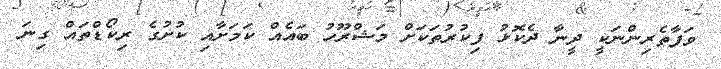
ވަފާތެރިންނަކީ ދީނާ ދެކޮޅު ފިކުރުތަކަށް މަޝްރޫހު ބައެއް ކަމަށާއި ކުށުގެ ރިކޯޑްތައް ގިނަ